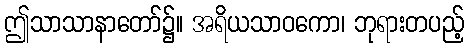
ဤသာသာနာတော်၌။ အရိယသာဝကော၊ ဘုရားတပည့်